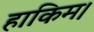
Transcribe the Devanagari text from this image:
हाकिम।